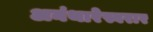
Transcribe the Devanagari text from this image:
अनंथारेस्वरार